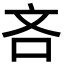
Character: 吝